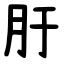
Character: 䏏